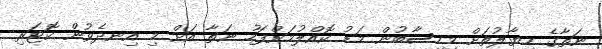
ނަތާގެ ހިޔާލުތަށް މިހިސާބުން މަޑު ކޮއްލުމަށްފަހު ނަތާ އަށް މި އިނދެވުން ކޮޓަރި